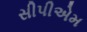
સીપીએમ